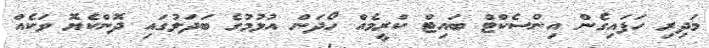
މަދިރި ހަފައިގެން އިންސެކްޓް ބައިޓް ކްރީމެއް ހޯދަން އުޅުމުގެ ބަދަލުގައި ދޮންކެޔޮ ވަކެއް